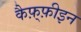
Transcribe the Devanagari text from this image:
कैफ़्फ़ीइन